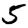
Digit: 5